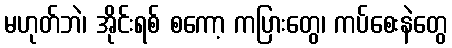
မဟုတ်ဘဲ၊ အိုင်းရစ် စကော့ ကပြားတွေ၊ ကပ်စေးနဲတွေ